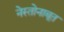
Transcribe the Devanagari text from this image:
नेस्तोनाबूत